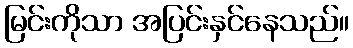
မြင်းကိုသာ အပြင်းနှင်နေသည်။